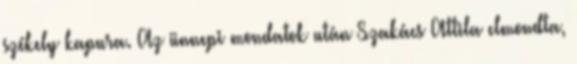
székely kapura. Az ünnepi mondatok után Szakács Attila elmondta,